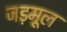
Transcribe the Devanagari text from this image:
जड़मूल